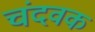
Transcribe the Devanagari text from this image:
चंदवक